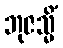
ဘုဇသ္မိံ